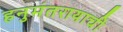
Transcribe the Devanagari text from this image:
हनुमंतरायाची